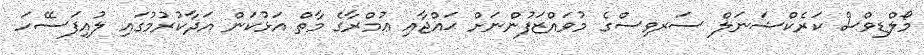
މޯލްޑިވްސް ކަރެކްޝަނަލް ސަރވިސްގެ މުވައްޒަފުންނަށް ޙައްޖާއި ޢުމްރާގެ މާތް އަޅުކަން އަދާކުރުމުގައި ލުއިފަސޭހަ